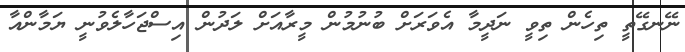
ނޭނގޭތީ ތިހެން ތިވީ ނަދީމާ އެވަރަށް ބުނުމުން މީރާއަށް ލަދުން އިސްޖަހާލެވުނީ ޔަމާންއާ